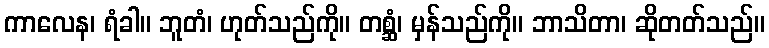
ကာလေန၊ ရံခါ။ ဘူတံ၊ ဟုတ်သည်ကို။ တစ္ဆံ၊ မှန်သည်ကို။ ဘာသိတာ၊ ဆိုတတ်သည်။